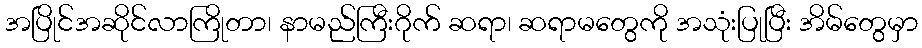
အပြိုင်အဆိုင်လာကြိုတာ၊ နာမည်ကြီးဂိုက် ဆရာ၊ ဆရာမတွေကို အသုံးပြုပြီး အိမ်တွေမှာ